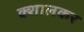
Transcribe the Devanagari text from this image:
क्शालकर